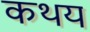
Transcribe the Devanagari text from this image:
कथय